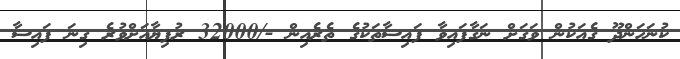
ކުނަހަންދޫ ގެއަކުން ވަގަށް ނަގާފައިވާ ފައިސާތަކުގެ ތެރެއިން -/32000 ރުފިޔާއަށްވުރެ ގިނަ ފައިސާ